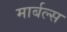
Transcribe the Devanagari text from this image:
मार्बल्स